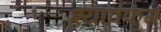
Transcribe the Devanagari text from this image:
श्यावफंग